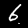
Label: 6